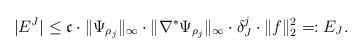
LaTeX: \begin{align*}|E^J|\leq\mathfrak c\cdot\|\Psi_{\rho_j}\|_\infty\cdot\|\nabla^\ast\Psi_{\rho_j}\|_\infty\cdot\delta_J^j\cdot\|f\|_2^2=:E_J.\end{align*}